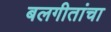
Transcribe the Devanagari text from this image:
बलगीतांचा